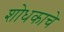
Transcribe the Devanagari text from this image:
शोधकाचे